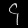
Digit: ၄